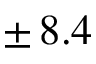
\pm \, 8 . 4